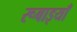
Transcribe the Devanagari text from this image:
रूबाइयाँ